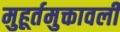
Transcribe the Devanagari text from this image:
मुहूर्तमुक्तावली